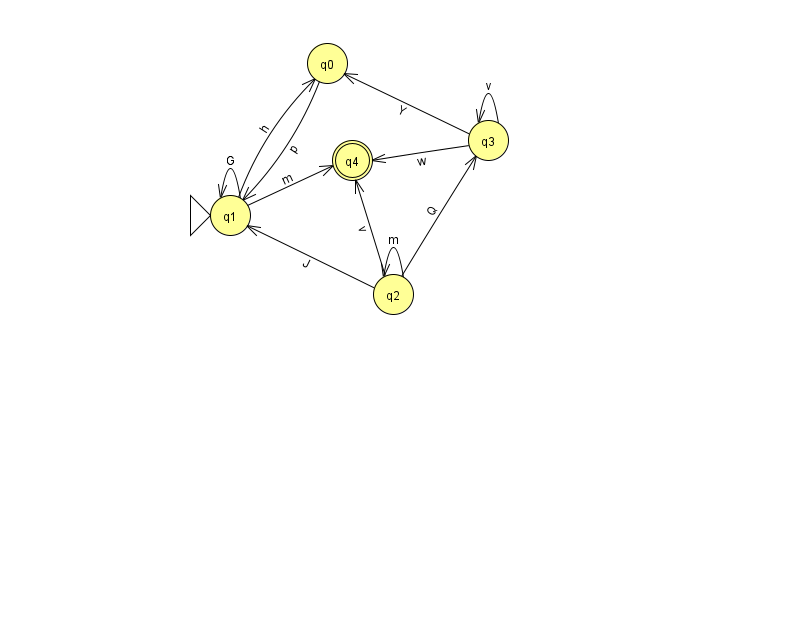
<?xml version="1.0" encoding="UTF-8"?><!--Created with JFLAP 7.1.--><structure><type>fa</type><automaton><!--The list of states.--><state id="0" name="q0"><x>327.0</x><y>50.0</y></state><state id="1" name="q1"><x>230.0</x><y>202.0</y><initial/></state><state id="2" name="q2"><x>393.0</x><y>281.0</y></state><state id="3" name="q3"><x>488.0</x><y>127.0</y></state><state id="4" name="q4"><x>352.0</x><y>147.0</y><final/></state><!--The list of transitions.--><transition><from>1</from><to>4</to><read>m</read></transition><transition><from>0</from><to>1</to><read>p</read></transition><transition><from>2</from><to>3</to><read>Q</read></transition><transition><from>3</from><to>3</to><read>v</read></transition><transition><from>1</from><to>1</to><read>G</read></transition><transition><from>3</from><to>4</to><read>w</read></transition><transition><from>3</from><to>0</to><read>Y</read></transition><transition><from>1</from><to>0</to><read>h</read></transition><transition><from>2</from><to>1</to><read>J</read></transition><transition><from>2</from><to>2</to><read>m</read></transition><transition><from>2</from><to>4</to><read>v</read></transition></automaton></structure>